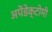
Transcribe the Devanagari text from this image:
अपेंडेक्टोमी